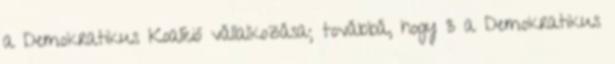
a Demokratikus Koalíció vállalkozása; továbbá, hogy 3 a Demokratikus